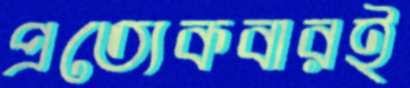
প্রত্যেকবারই